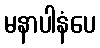
မနာပါနံပေ